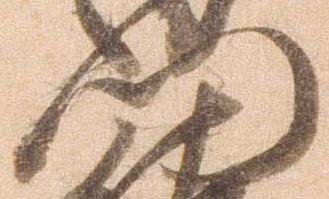
門